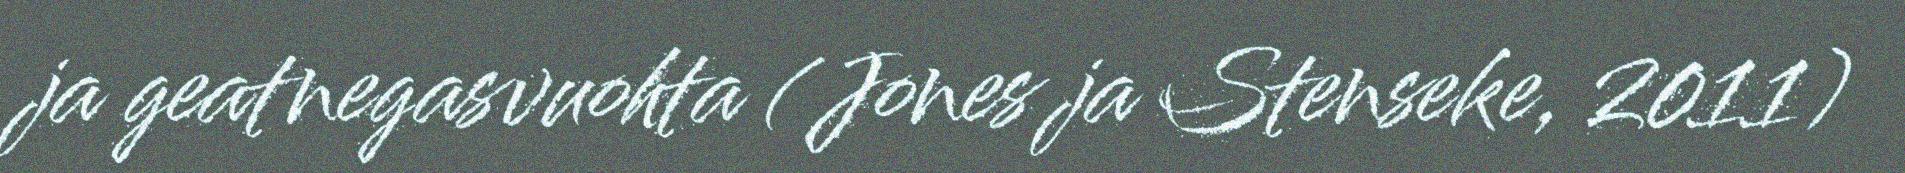
ja geatnegasvuohta (Jones ja Stenseke, 2011)